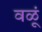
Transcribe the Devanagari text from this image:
वळूं